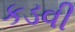
કડવી